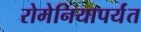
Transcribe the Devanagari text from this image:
रोमेनियापर्यंत